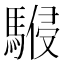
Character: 𩤨